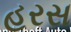
હરસ